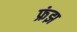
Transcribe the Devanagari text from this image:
फ्रंझ